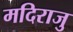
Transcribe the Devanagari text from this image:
मदिराजु